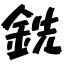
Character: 銑